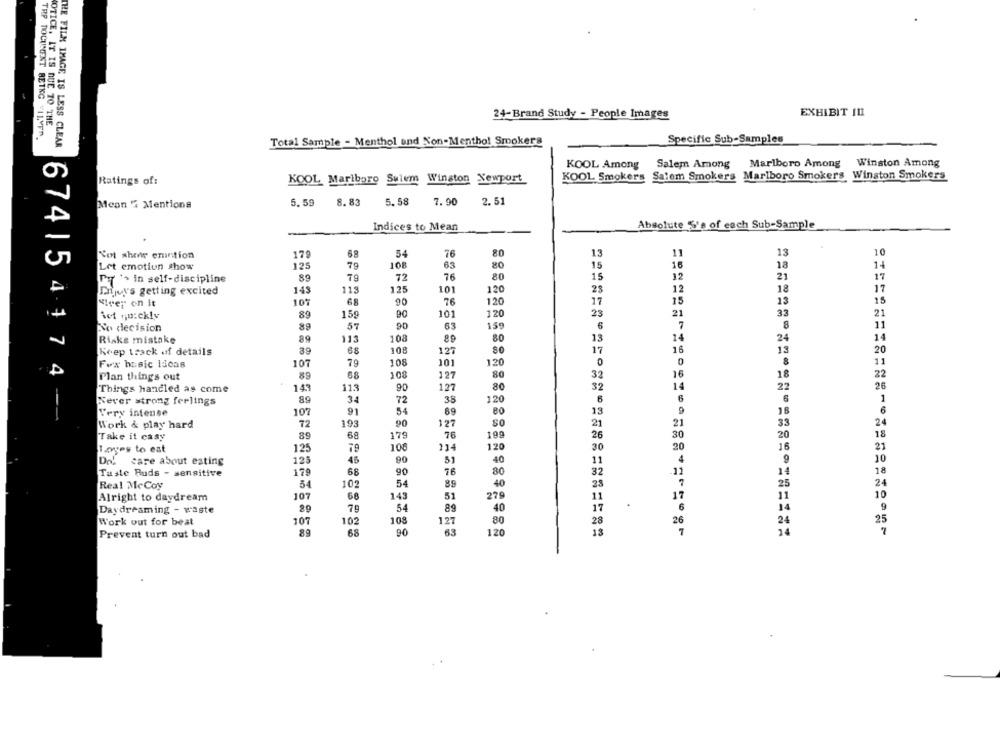
EXHIBIT IL
NOTICE. IT IS DUE TO THE
24-Brand Study - People Images
THP DOCUMENT RETKG "ILVER.
THE FILM IMAGE IS LESS CLEAR
Total Sample - Menthol and Non-Menthol Smokers
Specific Sub-Samples
KOOL Among Salem Among
Marlboro Among
Winston Among
Ratings of:
KOOL Marlboro Sulem Winston Newport
KOOL Smokers Salem Smokers Marlboro Smokers Winston Smokers
5. 59
8.83
5.58
7.90
2. 51
Mean " Mentions
Absolute 5'e of each Sub-Sample
Indices to Mean
Not sher emntion
179
54
76
80
13
13
10
15
16
Let emotion show
125
108
63
80
18
14
89
79
72
76
80
15
12
21
17
PT "> in self-discipline
Dijoy's getting excited
143
113
125
101
120
12
18
17
107
76
120
17
13
15
"ver on it
90
15
iet quickly
89
15g
101
120
23
21
33
21
No decision
89
57
90
159
6
7
8
11
113
108
80
13
14
24
14
Risks mistake
Keep track of details
89
68
108
127
80
17
16
13
20
101
0
11
Fox basic iscas
107
79
108
120
08
89
68
108
127
32
16
18
22
Plan things out
Things handled as come
143
113
90
127
32
14
22
20
8.9
3.
72
35
6
6
1
Never strong feelings
120
Very intense
107
91
54
89
05
13
9
16
6
674 | 541 7 4 ---
90
21
33
24
Work & play hard
72
193
127
21
69
179
76
199
30
20
18
Take it casy
26
Loves to eat
125
100
114
120
30
20
16
21
125
90
40
4
10
care about esting
45
51
11
Taste Buds - sensitive
179
68
90
76
80
32
11
14
18
40
7
25
24
Real McCoy
54
102
54
85
23
107
145
51
279
11
17
11
10
Alright to daydream
Daydreaming - waste
79
89
40
17
6
14
25
Work out for best
107
102
108
127
80
28
26
24
68
90
63
120
13
7
14
7
Prevent turn out bad